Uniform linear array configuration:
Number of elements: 24
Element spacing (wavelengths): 0.75
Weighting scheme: cosine
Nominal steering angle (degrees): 15
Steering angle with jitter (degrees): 16.727
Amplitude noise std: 0.05
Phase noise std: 0.05

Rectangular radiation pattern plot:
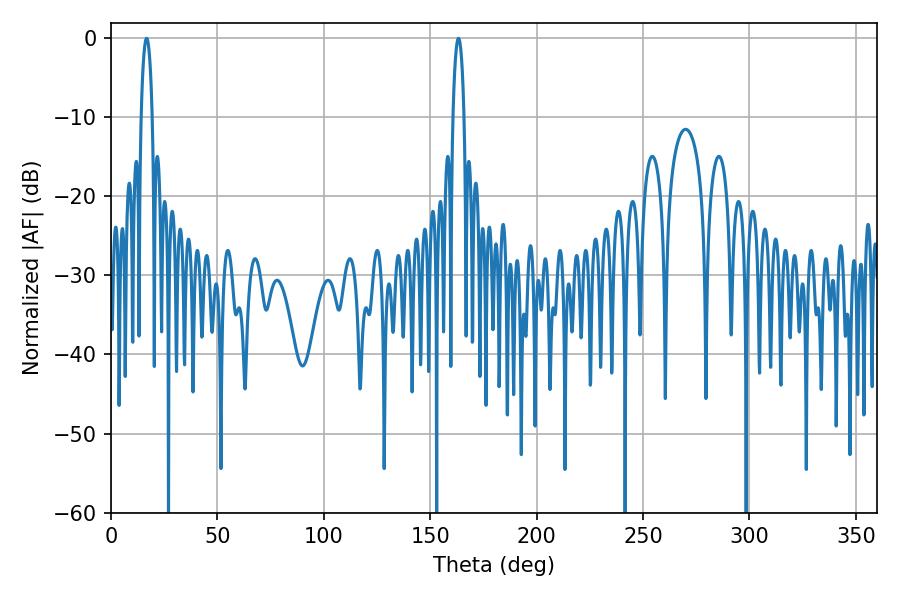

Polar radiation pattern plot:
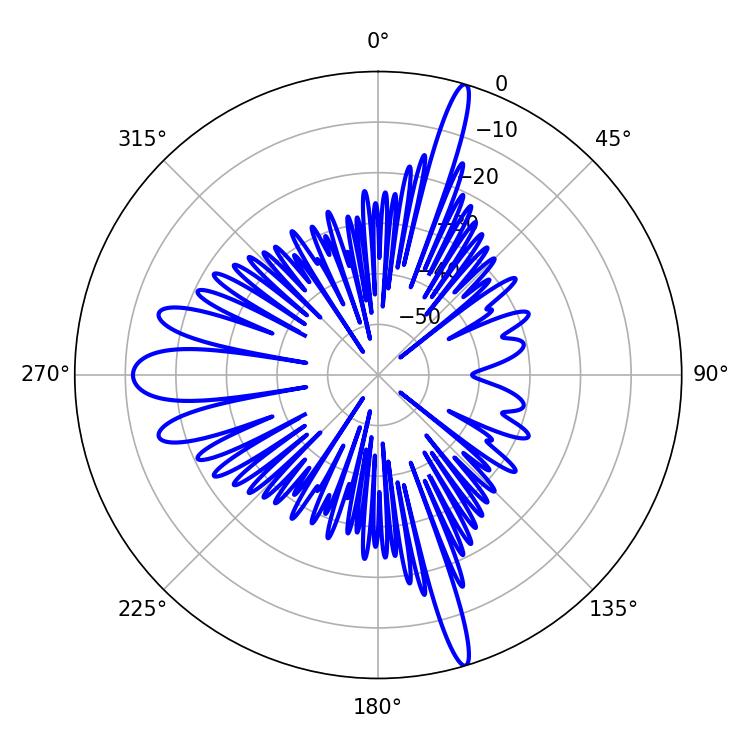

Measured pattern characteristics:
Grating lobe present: TRUE
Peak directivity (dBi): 21.608
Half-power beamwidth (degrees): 2.88
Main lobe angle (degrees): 16.74